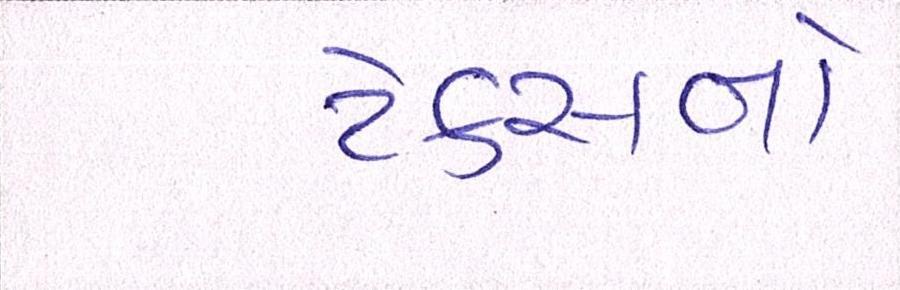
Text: ટેક્સનો